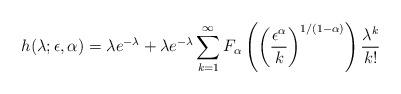
LaTeX: \begin{align*}h(\lambda;\epsilon,\alpha)=\lambda e^{-\lambda} +\lambda e^{-\lambda}\sum_{k=1}^\infty F_\alpha\left(\left(\frac{\epsilon^\alpha}{k}\right)^{1/(1-\alpha)}\right)\frac{\lambda^k}{k!}\end{align*}